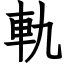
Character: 軌